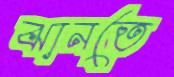
ঝানতে